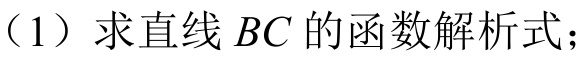
（1）求直线\(BC\)的函数解析式；